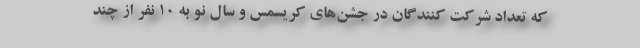
که تعداد شرکت کنندگان در جشن‌های کریسمس و سال نو به ۱۰ نفر از چند